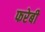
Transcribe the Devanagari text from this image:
फरेबी